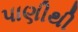
પાણીથી